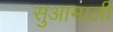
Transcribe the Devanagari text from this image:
सुआमाली